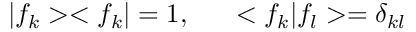
| f _ { k } > < f _ { k } | = 1 , ~ ~ ~ ~ ~ < f _ { k } | f _ { l } > = \delta _ { k l }